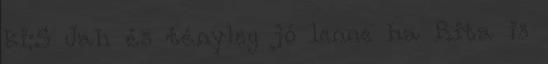
ki:S Jah és tényleg jó lenne ha Rita is